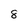
Character: 8